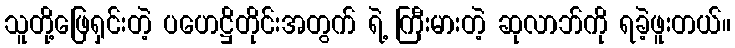
သူတို့ဖြေရှင်းတဲ့ ပဟေဋ္ဌိတိုင်းအတွက် ရဲ့ ကြီးမားတဲ့ ဆုလာဘ်ကို ရခဲ့ဖူးတယ်။